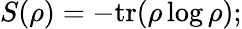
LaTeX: S(\rho)=-\mathrm{{tr}}(\rho\log\rho);